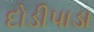
દોડીપાડા